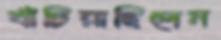
বাঁচিয়াছিলেন